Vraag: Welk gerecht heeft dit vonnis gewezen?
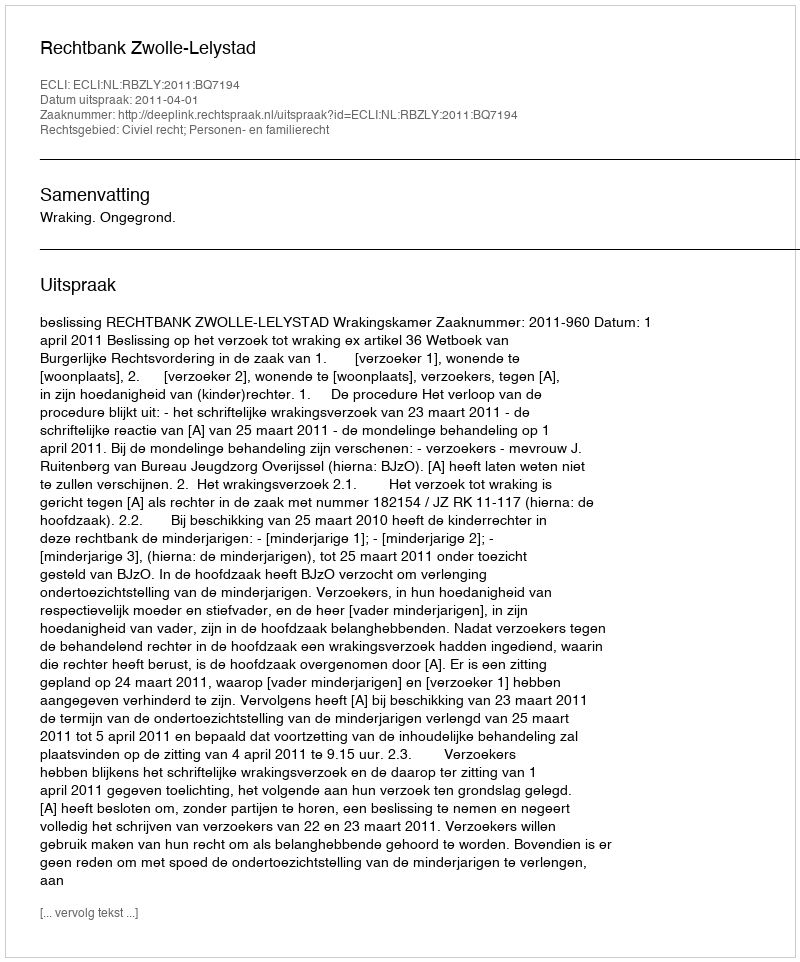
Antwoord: Rechtbank Zwolle-Lelystad